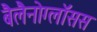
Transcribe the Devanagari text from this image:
बैलैनोग्लॉसस